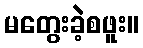
မတွေးခဲ့စဖူး။